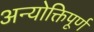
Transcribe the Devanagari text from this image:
अन्योक्तिपूर्ण